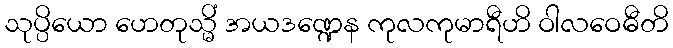
သုပ္ပိယော ဟေတုသ္မိံ အယဒဏ္ဍေန ကုလကုမာရီဟိ ဝါလဝေဓီတိ